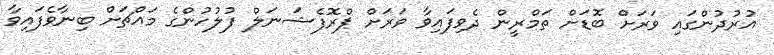
އުރުދުންގައި ވަރަށް ބޮޑަށް ތަމްރީން ދެވިފައިވާ ވަރަށް ޕްރޮފެޝަނަލް ފުލުހުންގެ މައްޗަށް ބިނާވެފައިވާ